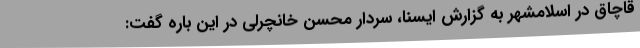
قاچاق در اسلامشهر به گزارش ایسنا، سردار محسن خانچرلی در این باره گفت: